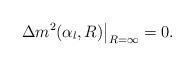
LaTeX: \begin{align*}\Delta m^2(\alpha_l,R)\big|_{R=\infty}=0.\end{align*}